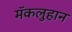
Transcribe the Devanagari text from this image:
मॅकलुहान